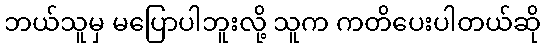
ဘယ်သူမှ မပြောပါဘူးလို့ သူက ကတိပေးပါတယ်ဆို